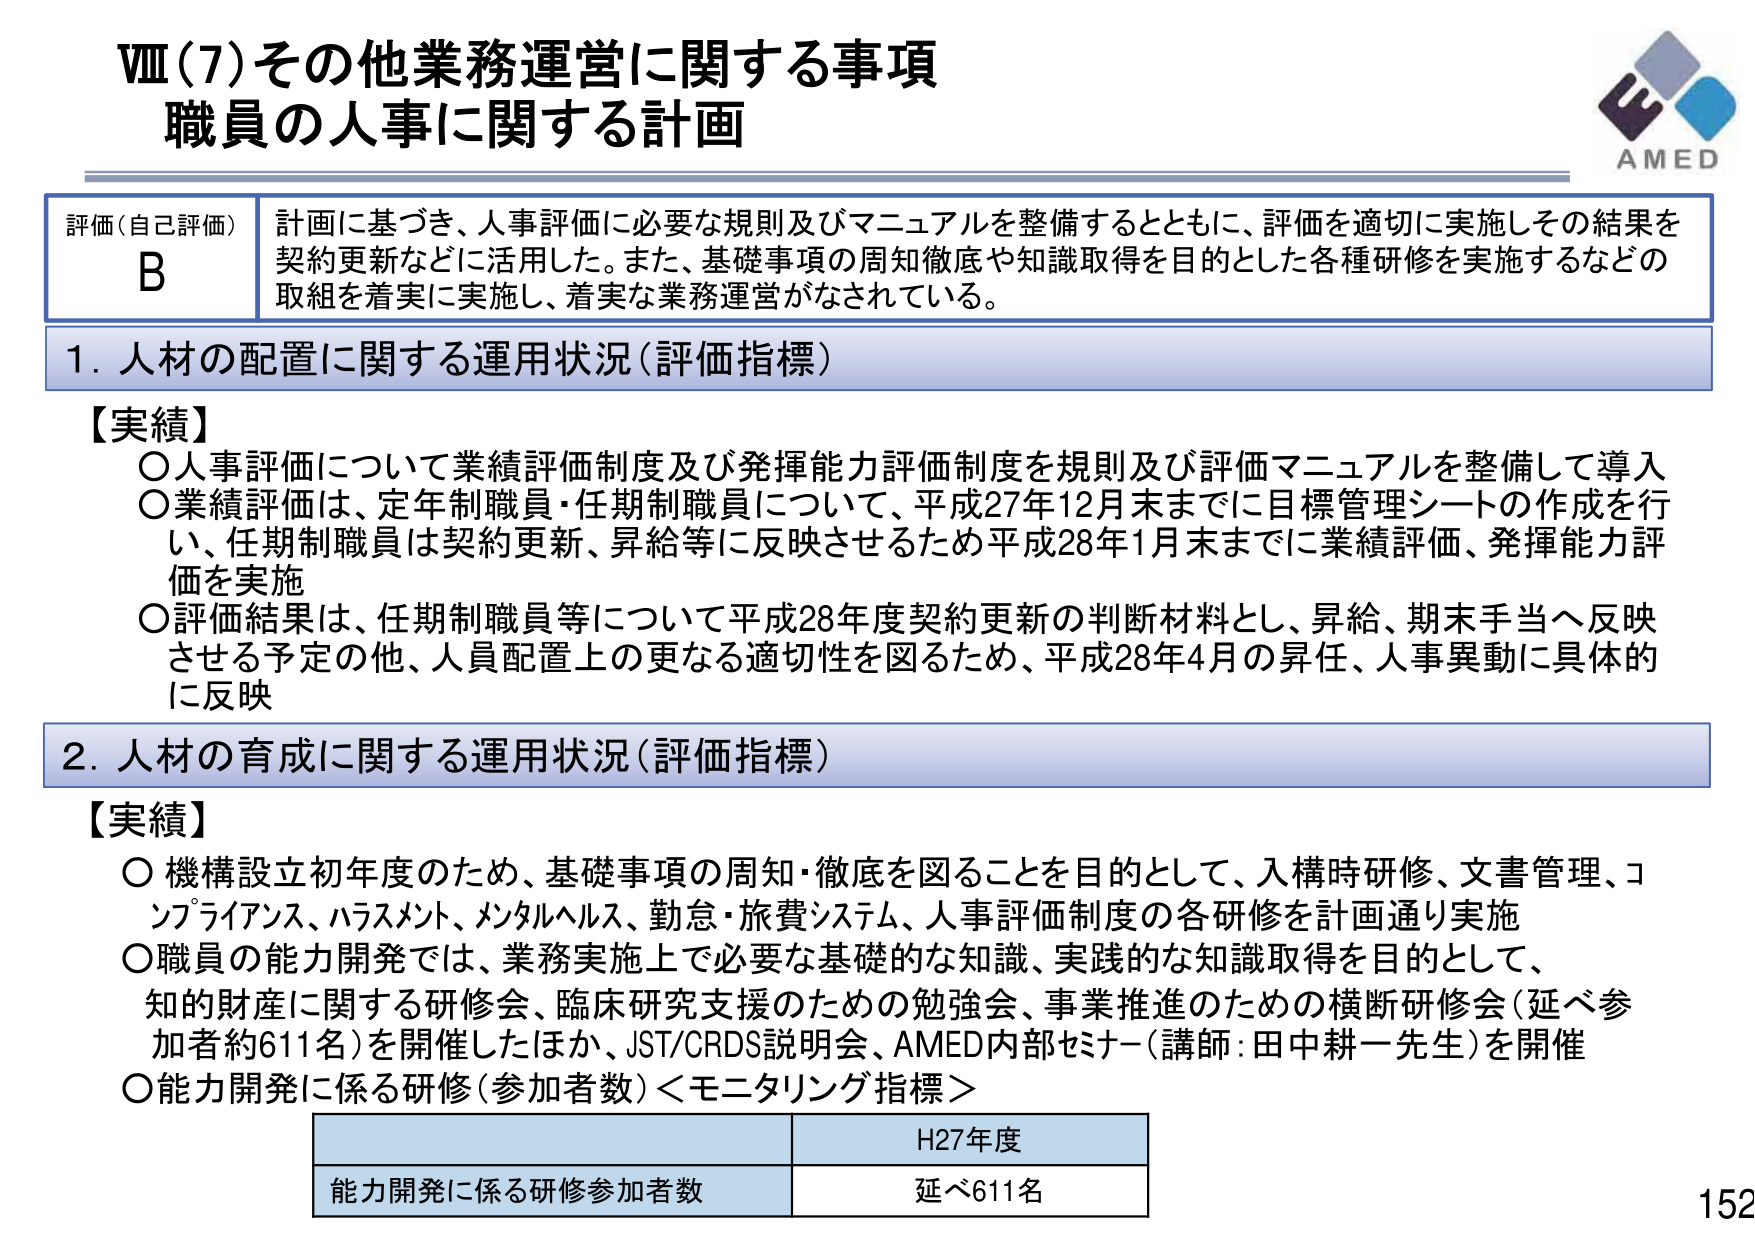
Ⅷ（7）その他業務運営に関する事項
職員の人事に関する計画

AMED

評価（自己評価）
B
計画に基づき、人事評価に必要な規則及びマニュアルを整備するとともに、評価を適切に実施しその結果を契約更新などに活用した。また、基礎事項の周知徹底や知識取得を目的とした各種研修を実施するなどの取組を着実に実施し、着実な業務運営がなされている。

1. 人材の配置に関する運用状況（評価指標）

【実績】
○人事評価について業績評価制度及び発揮能力評価制度を規則及び評価マニュアルを整備して導入
○業績評価は、定年制職員・任期制職員について、平成27年12月末までに目標管理シートの作成を行い、任期制職員は契約更新、昇給等に反映させるため平成28年1月末までに業績評価、発揮能力評価を実施
○評価結果は、任期制職員等について平成28年度契約更新の判断材料とし、昇給、期末手当へ反映させる予定の他、人員配置上の更なる適切性を図るため、平成28年4月の昇任、人事異動に具体的に反映

2. 人材の育成に関する運用状況（評価指標）

【実績】
○機構設立初年度のため、基礎事項の周知・徹底を図ることを目的として、入構時研修、文書管理、コンプライアンス、ハラスメント、メンタルヘルス、勤怠・旅費システム、人事評価制度の各研修を計画通り実施
○職員の能力開発では、業務実施上で必要な基礎的な知識、実践的な知識取得を目的として、知的財産に関する研修会、臨床研究支援のための勉強会、事業推進のための横断研修会（延べ参加者約611名）を開催したほか、JST/CRDS説明会、AMED内部セミナー（講師：田中耕一先生）を開催
○能力開発に係る研修（参加者数）＜モニタリング指標＞

H27年度
能力開発に係る研修参加者数　延べ611名

152